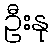
ဦးနု